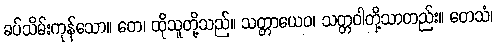
ခပ်သိမ်းကုန်သော။ တေ၊ ထိုသူတို့သည်။ သတ္တာယေဝ၊ သတ္တဝါတို့သာတည်း။ တေသံ၊